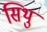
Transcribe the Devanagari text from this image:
सिथु